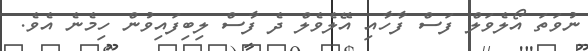
ނުވަތަ އޯލެވަލް ފަސް ފާހާއި އޭލެވެލް ދެ ފާސް ލިބިފައިވުން ހިމެނެ އެވެ.